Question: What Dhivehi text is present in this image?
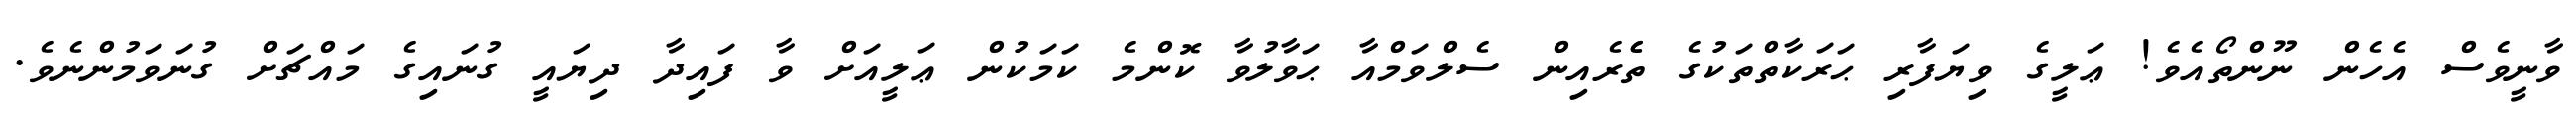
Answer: ވާނީވެސް އެހެން ނޫންތޯއެވެ! ޢަލީގެ ވިޔަފާރި ޙަރަކާތްތަކުގެ ތެެރެއިން ސެލްވަމްއާ ޙަވާލުވާ ކޮންމެ ކަމަކުން ޢަލީއަށް ވާ ފައިދާ ދިޔައީ ގުނައިގެ މައްޗަށް ގުނަވަމުންނެވެ.